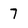
Character: 7